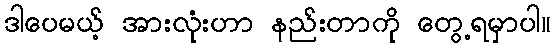
ဒါပေမယ့် အားလုံးဟာ နည်းတာကို တွေ့ရမှာပါ။